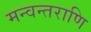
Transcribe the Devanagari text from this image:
मन्वन्तराणि